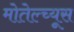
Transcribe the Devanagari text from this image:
मोतेल्च्यूस